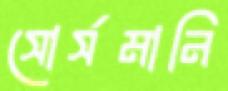
সোর্সমানি